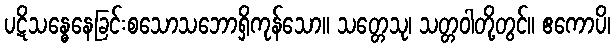
ပဋိသန္ဓေနေခြင်းစသောသဘောရှိကုန်သော။ သတ္တေသု၊ သတ္တဝါတို့တွင်။ ဧကောပိ၊